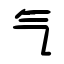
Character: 气